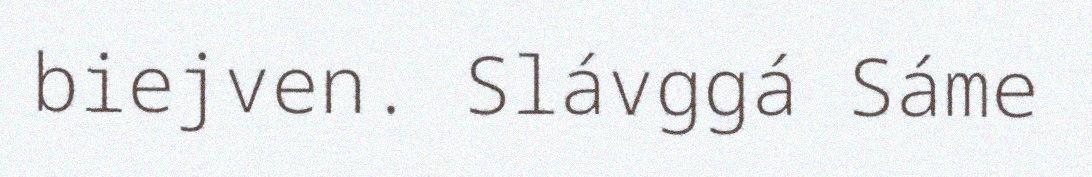
biejven. Slávggá Sáme